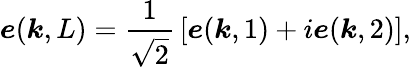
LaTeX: {\boldsymbol{e}}({\boldsymbol{k}},L)={\frac{1}{\sqrt{2}}}\left[{\boldsymbol{e}}({\boldsymbol{k}},1)+i{\boldsymbol{e}}({\boldsymbol{k}},2)\right],